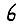
Digit: 6